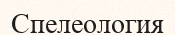
Спелеология